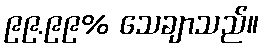
၉၉.၉၉% သေချာသည်။